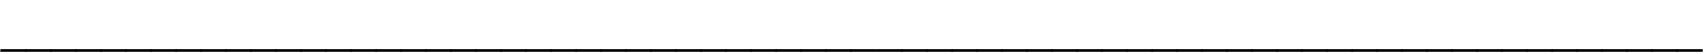
____________________________________________________________________